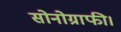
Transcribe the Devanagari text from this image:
सोनोग्राफी।